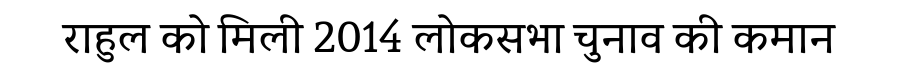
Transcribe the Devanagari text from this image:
राहुल को मिली 2014 लोकसभा चुनाव की कमान